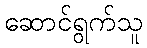
ဆောင်ရွက်သူ